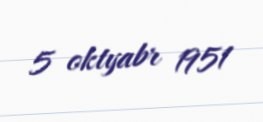
5 oktyabr 1951